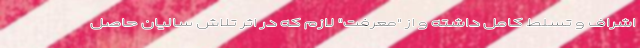
اشراف و تسلط کامل داشته و از "معرفت" لازم که در اثر تلاش سالیان حاصل